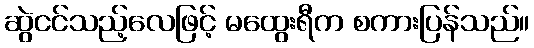
ဆွဲငင်သည့်လေဖြင့် မထွေးရီက စကားပြန်သည်။